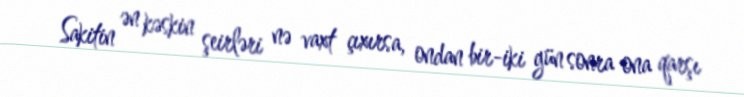
Sakitin ən kəskin şeirləri nə vaxt çıxırsa, ondan bir-iki gün sonra ona qarşı